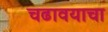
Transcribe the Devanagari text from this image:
चढावयाचा